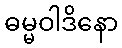
ဓမ္မဝါဒိနော